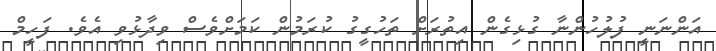
އަންނަނީ ފުލުހުންނާ ގުޅިގެން އިތުރަށް ތަހުގީގު ކުރަމުން ކަމަށްވެސް ވިދާޅުވި އެވެ. ފަހީމް